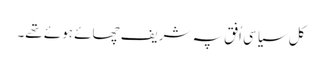
کل سیاسی اُفق پہ شریف چھائے ہوئے تھے۔